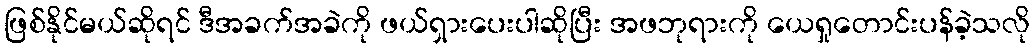
ဖြစ်နိုင်မယ်ဆိုရင် ဒီအခက်အခဲကို ဖယ်ရှားပေးပါဆိုပြီး အဖဘုရားကို ယေရှုတောင်းပန်ခဲ့သလို